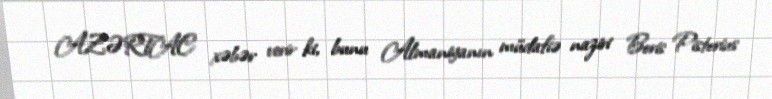
AZƏRTAC xəbər verir ki, bunu Almaniyanın müdafiə naziri Boris Pistorius